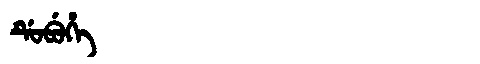
Manchu: ᡩᡠᠪᡠᡥᡝ
Romanization: DUBUHE